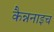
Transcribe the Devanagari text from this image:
कैन्ननाइच